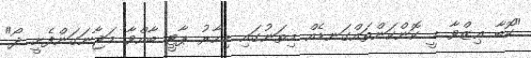
"ކޮބާ ޢިޒްވާ މީ ކޮންކަންތައްގަނޑެއް މިތަނުގައި މިހާރު ޕާޓީ ބާއްވާ މަޖާނަގަންފެށީ ދޯ"